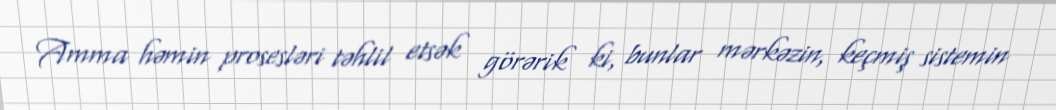
Amma həmin prosesləri təhlil etsək görərik ki, bunlar mərkəzin, keçmiş sistemin